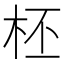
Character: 柸